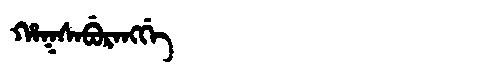
Manchu: ᡥᠠᡴᠰᠠᠪᡠᡵᠠᠩᡤᡝ
Romanization: HAKSABURANGGE